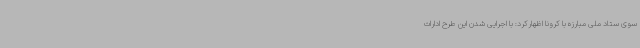
سوی ستاد ملی مبارزه با کرونا اظهارکرد: با اجرایی شدن این طرح ادارات